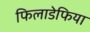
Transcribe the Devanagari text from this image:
फिलाडेफिया